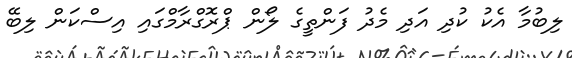
ލިބުމާ އެކު ކުދި އަދި މެދު ފަންތީގެ ލޯން ޕްރޮގްރާމްގައި އިސްކަން ލިބޭ